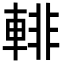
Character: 輫